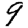
Digit: 9